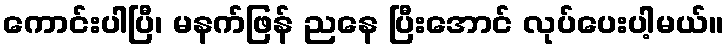
ကောင်းပါပြီ၊ မနက်ဖြန် ညနေ ပြီးအောင် လုပ်ပေးပါ့မယ်။